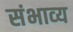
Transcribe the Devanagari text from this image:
संभाव्‍य